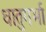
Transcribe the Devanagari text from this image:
धातुगर्भा